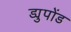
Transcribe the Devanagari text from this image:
ड्युपोंड